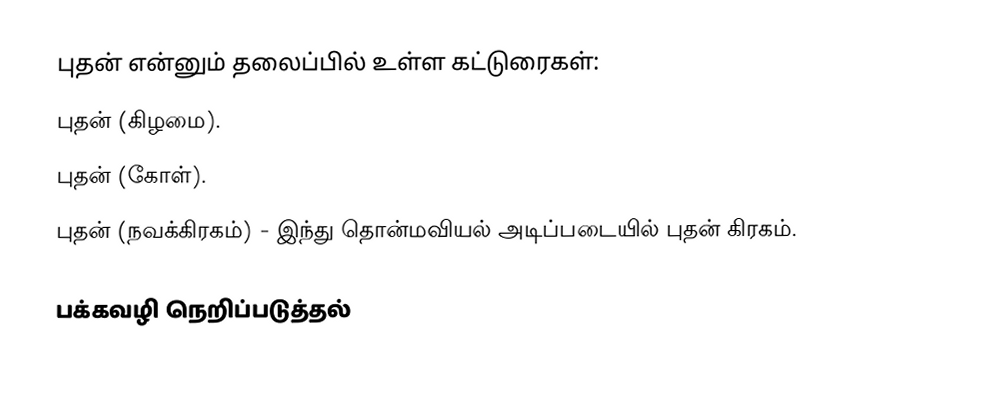
புதன் என்னும் தலைப்பில் உள்ள கட்டுரைகள்:
புதன் (கிழமை).
புதன் (கோள்).
 புதன் (நவக்கிரகம்)  - இந்து தொன்மவியல் அடிப்படையில் புதன் கிரகம்.

பக்கவழி நெறிப்படுத்தல்